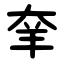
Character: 羍